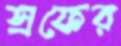
স্রফের